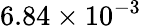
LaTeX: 6.84\times 10^{-3}